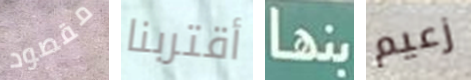
مقصود أقتربنا بنها زعيم